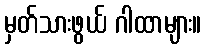
မှတ်သားဖွယ် ဂါထာများ။